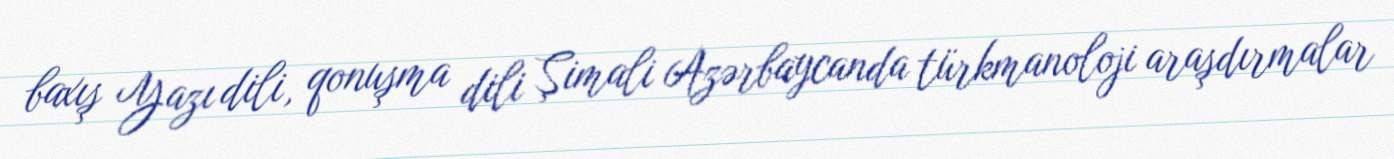
baxış Yazı dili, qonuşma dili Şimali Azərbaycanda türkmanoloji araşdırmalar